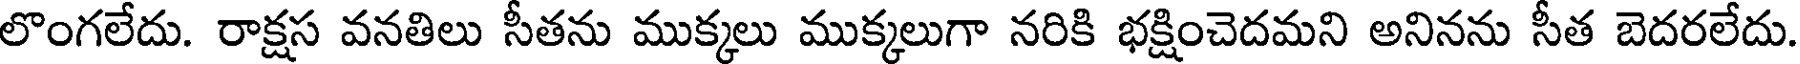
లొంగలేదు. రాక్షస వనతిలు సీతను ముక్కలు ముక్కలుగా నరికి భక్షించెదమని అనినను సీత బెదరలేదు